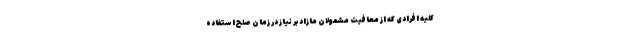
کلیه افرادی که از معافیت مشمولان مازاد بر نیاز در زمان صلح استفاده